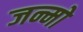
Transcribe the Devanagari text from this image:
जन्मो